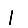
Digit: 1